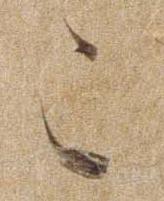
こ